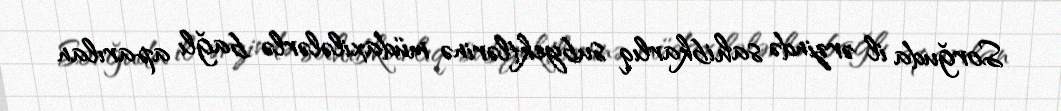
Sorğuda il ərzində sahibkarlıq subyektlərinə müdaxilələrlə bağlı aparılan